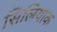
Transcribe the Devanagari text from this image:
सिलियाक